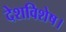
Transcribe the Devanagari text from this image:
देशविशेष।